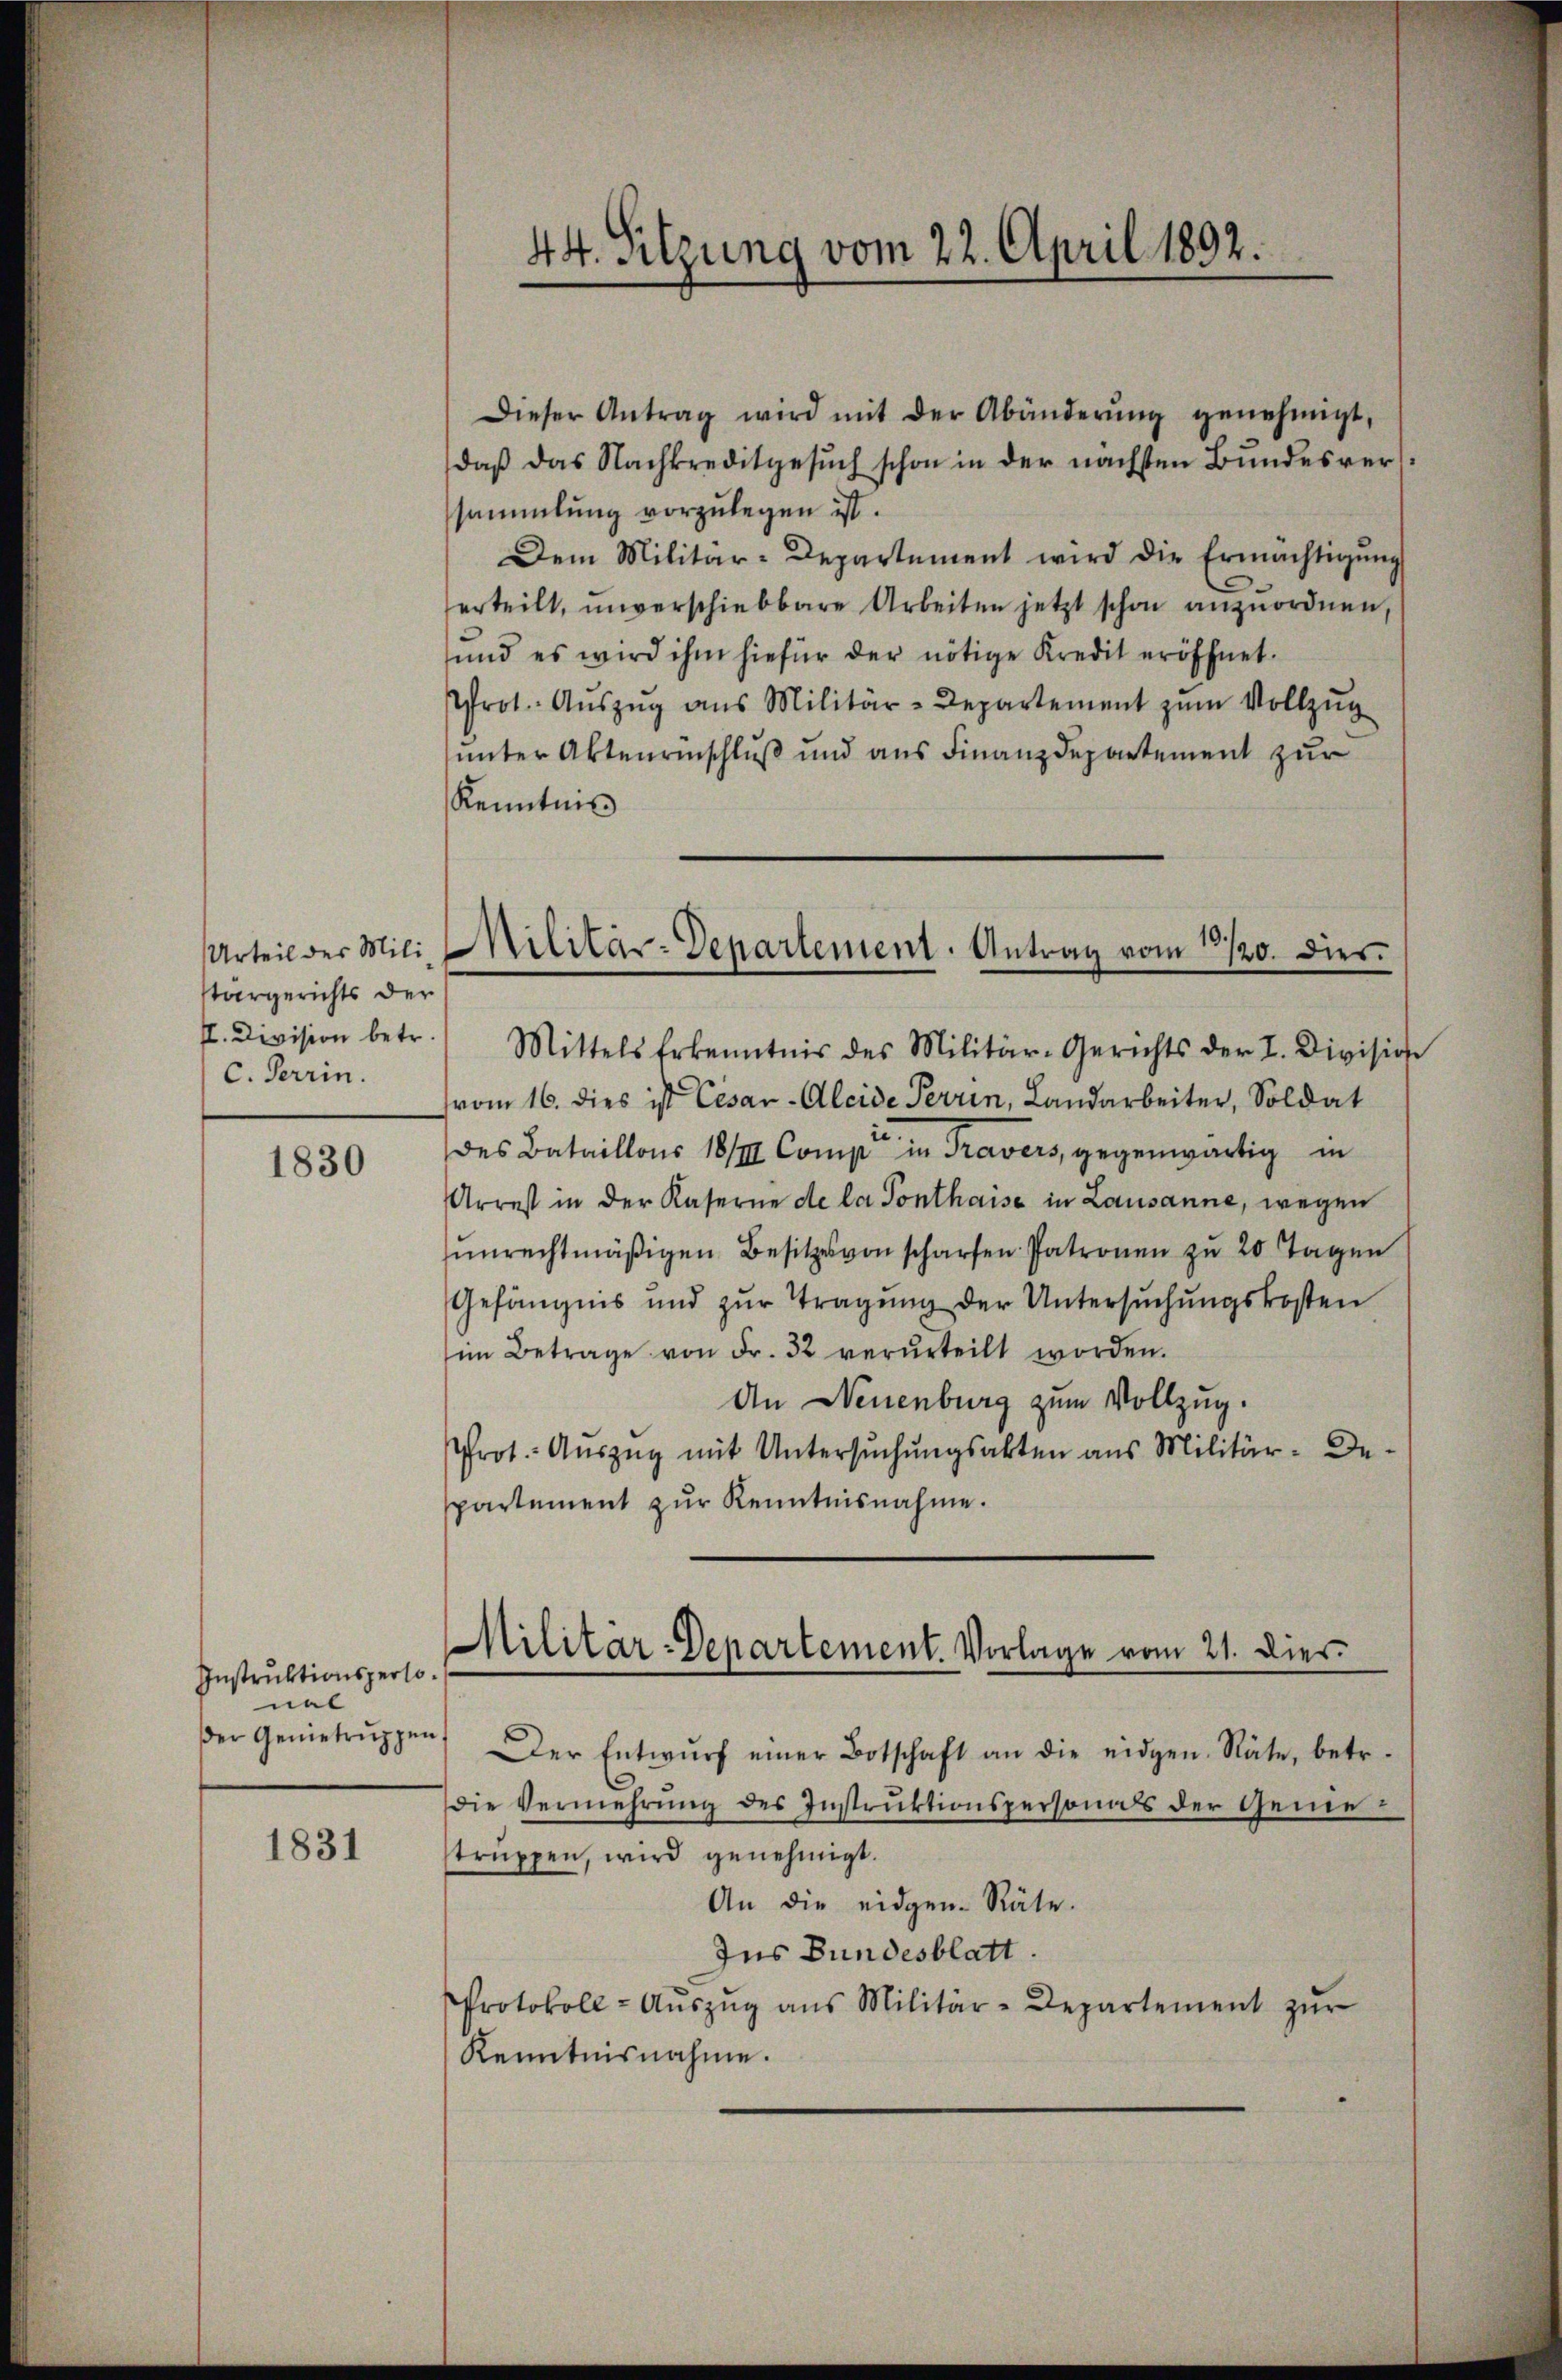
Urteil des Mili
targerichts der
I. Division betr.
c. Terrin.

1830

Instruktionspersonal
der Genietrŭppen

1831

44. Sitzung vom 22. April 1892.

Militär-Departement. Antrag vom 23./20. dies¬

Dieser Antrag wird mit der Abänderŭng genehmigt,
daß das Nachkreditgesuch schon in der nächsten Bundesver
sammlung vorzulegen ist.
Dem Militär-Departement wird die Ermächtigŭng
erteilt, unverschiebbare Arbeiten jetzt schon anzuordnen,
und es wird ihm hiefür der nötige Kredit eröffnet.
rot. Aŭszŭg ans Militär-Departement zŭm Vollzŭg
unter Aktenrinschluß und aus Finanzdepartement zur
Kenntnis
Mittels Erkenntnis des Militär-Gerichts der I. Division
vom 16. dies ist Cesar-Aleide Terrin, Landarbeiter, Soldat
des Bataillons 18/III. Compt in Travers, gegenwärtig in
Arrest in der Kaserne de la Ponthaise in Lausanne, wegen
unrechtmäßigen Besitzes von scharfen Patronen zu 20 Tagen
Gefängnis und zŭr Tragŭng der Untersŭchŭngskosten
im Betrage von Fr. 32 verurteilt worden.
An Neuenburg zum Vollzug.
Prot. Auszug mit Untersŭchŭngsakten aus Militär-De
spartement zur Kenntnisnahme.
Der Entwŭrf einer Botschaft an die eidgen. Räte, betr.
Die Vermehrŭng des Instruktionspersonas der Genetruppen, wird genehmigt.
An die eidgen. Räte.
Ins Bundesblatt.
Protokoll-Aŭszŭg ans Militär-Departement zŭr
Kenntnisnahme.

Militär-Departement. Vorlage vom 21. Dier.